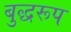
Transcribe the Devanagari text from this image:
बुद्धरूप